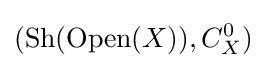
({\text{Sh}}({\text{Open}}(X)),C_{X}^{0})